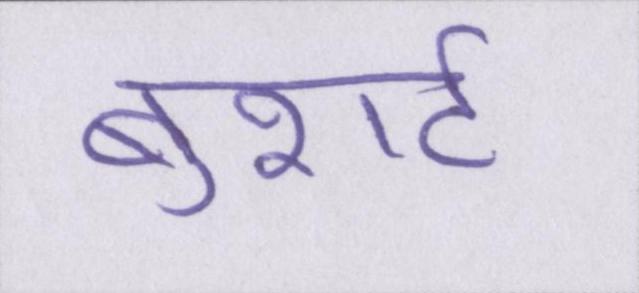
बुशर्ट